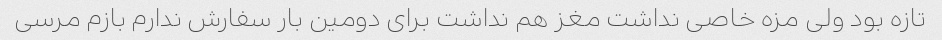
تازه بود ولی مزه خاصی نداشت مغز هم نداشت برای دومین بار سفارش ندارم بازم مرسی